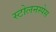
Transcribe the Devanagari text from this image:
स्टोलनस्पेस